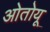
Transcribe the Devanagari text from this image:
ओतोयू